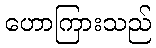
ဟောကြားသည်